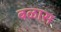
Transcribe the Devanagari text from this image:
बळास